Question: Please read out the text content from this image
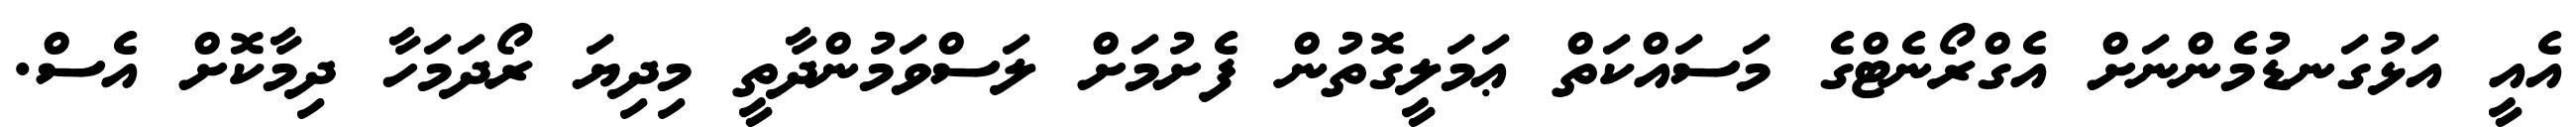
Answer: އެއީ އަޅުގަނޑުމެންނަށް އެގްރޯނެޓްގެ މަސައްކަތް ޢަމަލީގޮތުން ފެށުމަށް ލަސްވަމުންދާތީ މިދިޔަ ރޯދަމަހާ ދިމާކޮށް އެސް.